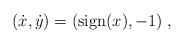
LaTeX: \begin{align*}(\dot x,\dot y)=({\rm sign}(x),-1)\;,\end{align*}